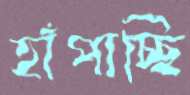
হাঁপাচ্ছি